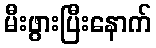
မီးဖွားပြီးနောက်